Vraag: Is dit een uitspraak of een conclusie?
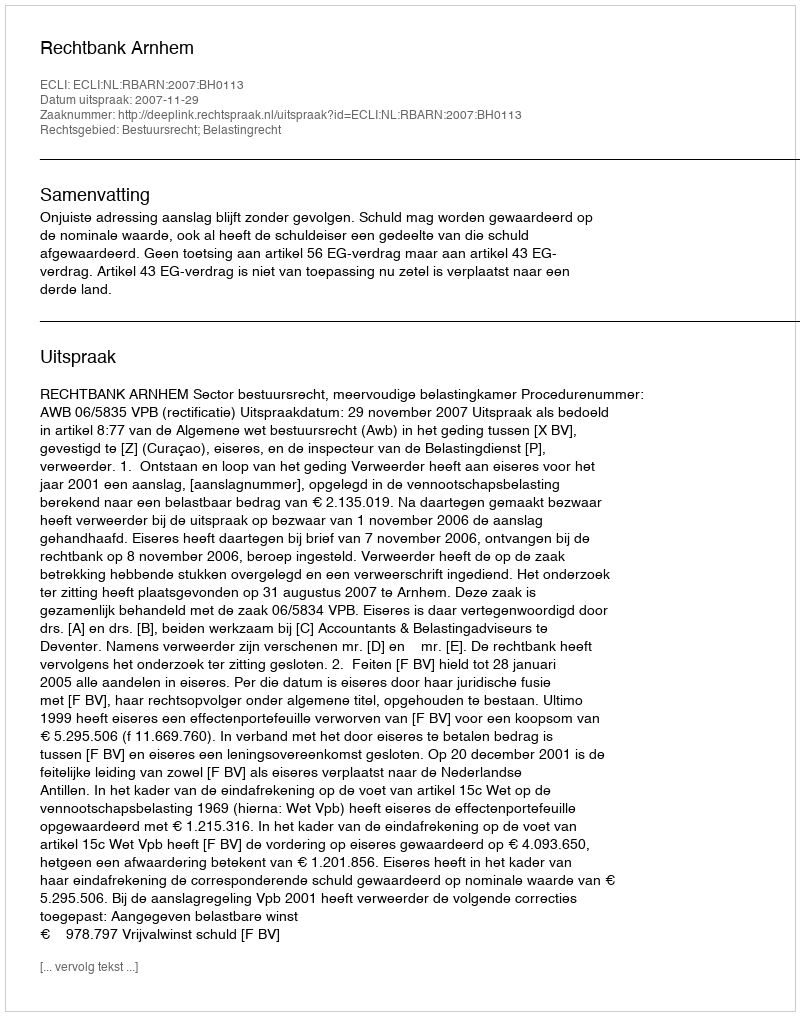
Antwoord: Uitspraak